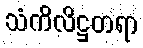
သံကိလိဋ္ဌတရာ